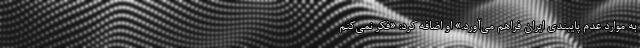
به موارد عدم پایبندی ایران فراهم می‌آورد.» او اضافه کرد: «فکر نمی‌کنم